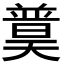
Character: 𡚈